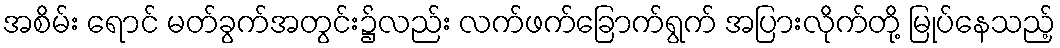
အစိမ်း ရောင် မတ်ခွက်အတွင်း၌လည်း လက်ဖက်ခြောက်ရွက် အပြားလိုက်တို့ မြုပ်နေသည့်